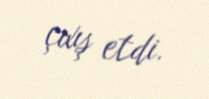
çıxış etdi.